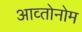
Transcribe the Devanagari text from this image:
आव्तोनोम